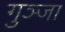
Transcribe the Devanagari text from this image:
गुञ्जा